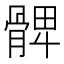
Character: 𩩙